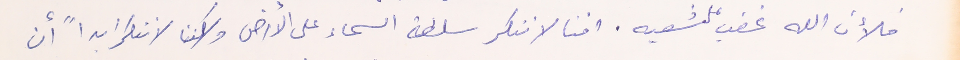
فلأن الله غضب على شعبه. اننا لا ننكر سلطة السماء على الأرض ولكننا لا ننكر ابداً أن